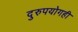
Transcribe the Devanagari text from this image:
दुरुपयोगही